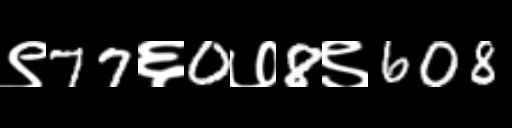
Text: ९77६0७8९608